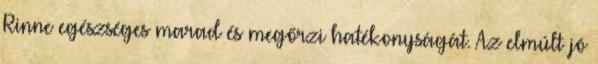
Rinne egészséges marad és megőrzi hatékonyságát. Az elmúlt jó